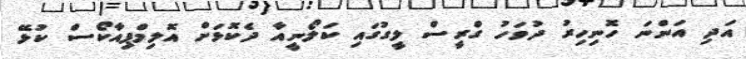
އަދި އަންނަ ހޮނިހިރު ދުވަހު ގްރީސް ލީގުގައި ކަލޯނީއާ ދެކޮޅަށް އޮލިމްޕިއާކޯސް ކުޅޭ